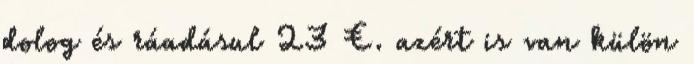
dolog és ráadásul 23 €. azért is van külön